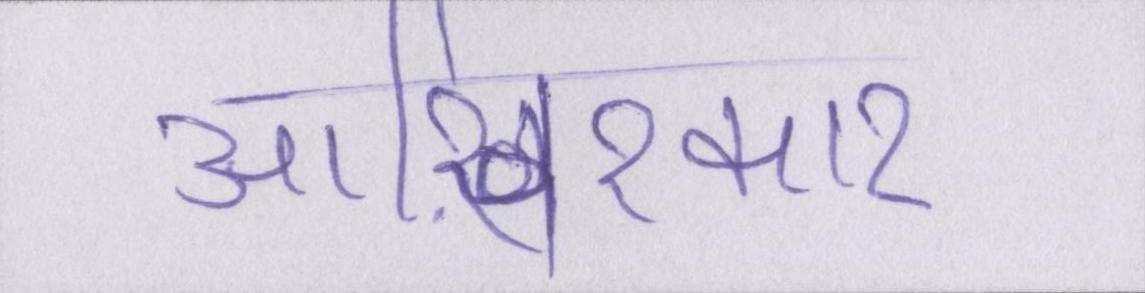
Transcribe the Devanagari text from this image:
आख़िरकार